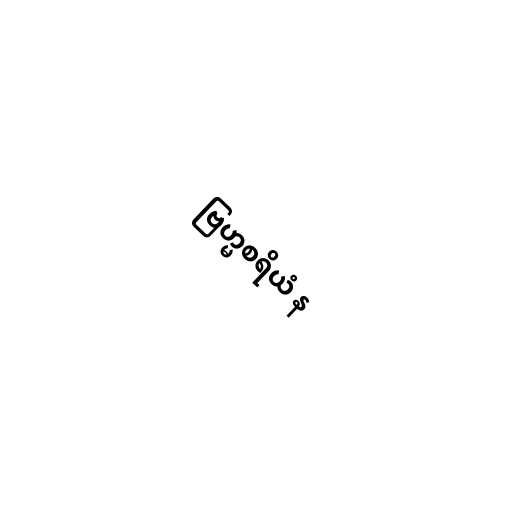
ဗြဟ္မစရိယံ န